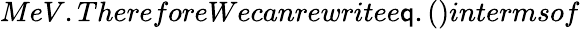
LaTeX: MeV.ThereforeWecanrewritee\mathsf{q}.()intermsof